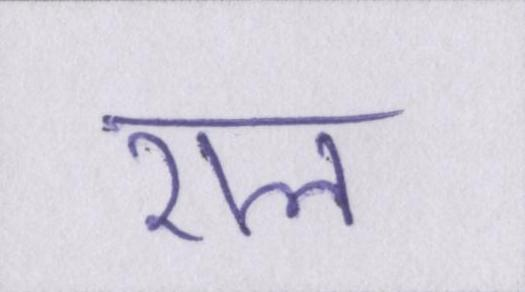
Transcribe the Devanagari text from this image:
राल